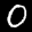
Label: 0